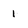
Character: 1